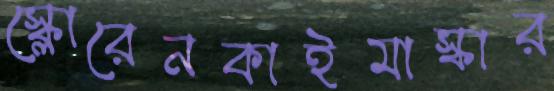
স্ক্লোরেনকাইমাস্কার